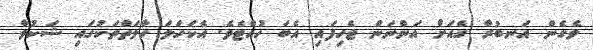
ވެގެން އަނބުރާ ގެއަށް އަންނަން ޖެހިފައި އެބަ ހުއްޓެވެ. އެކަހަލަ ހާލަތްތަކުގައި ޝަކުވާ